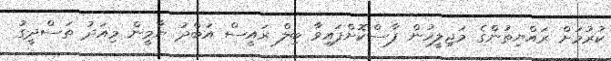
ކުރުމަށް ރައްޔިތުންގެ މަޖިލީހުން ފާސްކޮށްފައިވާ ބިލް ރައީސް އަބްދު ޔާމީން މިއަދު ތަސްދީގު